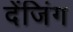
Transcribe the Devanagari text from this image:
देंजिंग